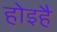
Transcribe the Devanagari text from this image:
होइहै